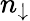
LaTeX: n_{\downarrow}